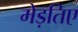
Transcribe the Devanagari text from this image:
मेड़तिए